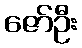
ဇော်ဦး